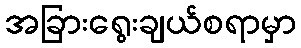
အခြားရွေးချယ်စရာမှာ